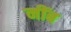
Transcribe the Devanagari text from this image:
नींब